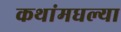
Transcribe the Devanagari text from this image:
कथांमधल्या